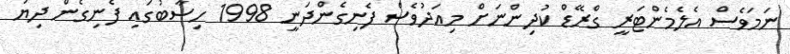
ނަމަވެސް އެލެމެންޓަރީ ގްރޭޑް ކުދިންނަށް މިއަދުވެސް ފެނިގެންދަނީ 1998 ހިސާބުގައި ފެނިގެން ދިޔަ